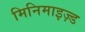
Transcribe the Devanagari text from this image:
मिनिमाइज़्ड